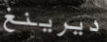
ديرينغ